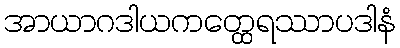
အာယာဂဒါယကတ္ထေရဿာပဒါနံ